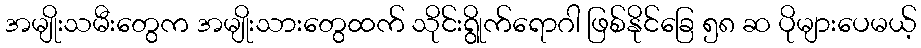
အမျိုးသမီးတွေက အမျိုးသားတွေထက် သိုင်းရွိုက်ရောဂါ ဖြစ်နိုင်ခြေ ၅၈ ဆ ပိုများပေမယ့်